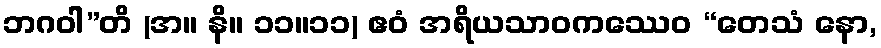
ဘဂဝါ”တိ (အ။ နိ။ ၁၁။၁၁) ဧဝံ အရိယသာဝကဿေဝ “တေသံ နော,